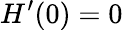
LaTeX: H^{\prime}(0)=0